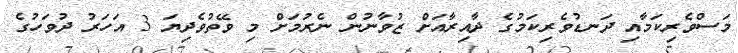
މަސްވެރިކަމާއި ދަނޑުވެރިކަމުގެ ދާއިރާއަށް ޒުވާނުން ނެރުމަށް މި ވޭތުވެދިޔަ 3 އަހަރު ދުވަހުގެ